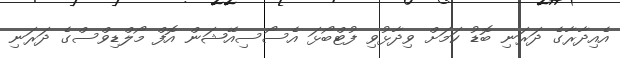
އެއިދާރާގެ ދަރަނި ބޮޑު ކަމަށް ވިދާޅުވި ފުޓްބޯޅަ އެސޯސިއޭޝަން އޮފް މޯލްޑިވްސްގެ ދަރަނި